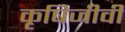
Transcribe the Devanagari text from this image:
कृषिजीवी